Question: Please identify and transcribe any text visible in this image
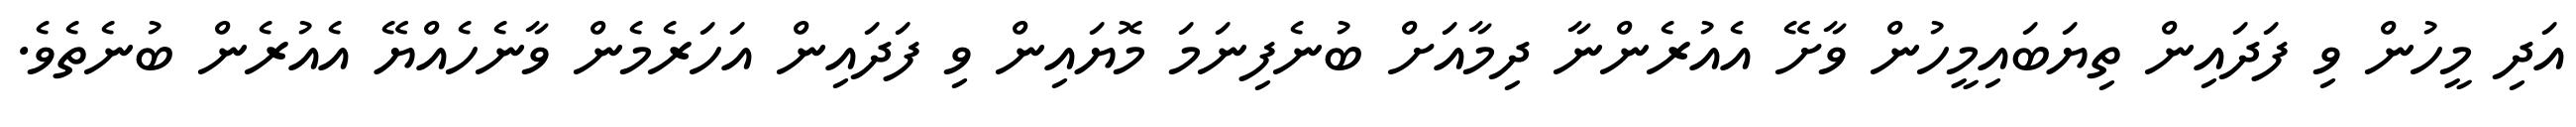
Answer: އަދި މީހުން ވި ފަދައިން ތިޔަބައިމީހުން ވާށޭ އެއުރެންނާ ދިމާއަށް ބުނެފިނަމަ މޮޔައިން ވި ފަދައިން އަހަރެމެން ވާނެހެއްޔޭ އެއުރެން ބުނެތެވެ.